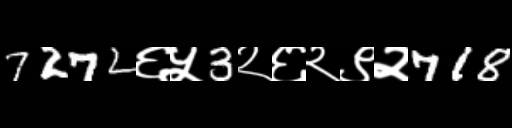
Text: 7272६५3२६२९२718